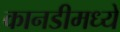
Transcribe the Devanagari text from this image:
कानडीमध्ये